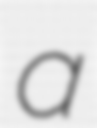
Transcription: a